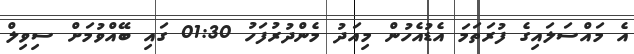
އެ މައްސަލައިގެ ފުރަތަމަ އެޑުއެހުން މިއަދު މެންދުރުފަހު 01:30 ގައި ބޭއްވުމަށް ސިވިލް